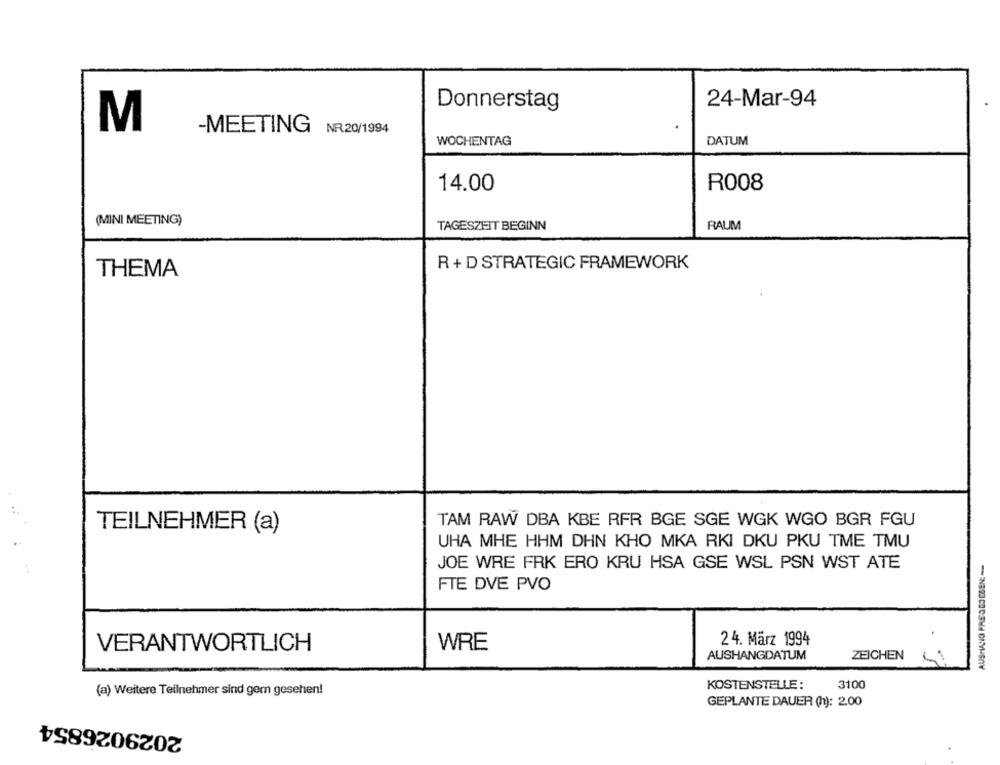
Donnerstag
24-Mar-94
M
NR.20/1994
MEETING
WOCHENTAG
DATUM
14.00
R008
(MINI MEETING)
TAGESZEIT BEGINN
RAUM
R + D STRATEGIC FRAMEWORK
THEMA
TEILNEHMER (a)
TAM RAW DBA KBE RFR BGE SGE WGK WGO BGR FGU
UHA MHE HHM DHN KHO MKA RKI DKU PKU TME TMU
AUSHANO PREGEGEBEN :--
JOE WRE FRK ERO KRU HSA GSE WSL PSN WST ATE
FTE DVE PVO
24. März 1994
VERANTWORTLICH
WRE
AUSHANGDATUM
ZEICHEN
KOSTENSTELLE:
3100
(a) Weitere Teilnehmer sind gem gesehen!
GEPLANTE DAUER (h): 2.00
2029026854